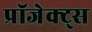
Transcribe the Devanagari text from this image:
प्रॉजेक्ट्स